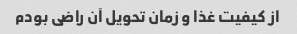
از کیفیت غذا و زمان تحویل آن راضی بودم